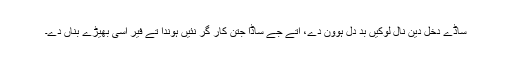
ساڈے دخل دین نال لوکیں بد دل ہوون دے، اتے جے ساڈا جتن کار گر نئیں ہوندا تے فیر اسی بھیڑے بناں دے۔